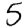
Digit: 5